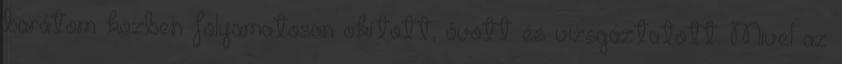
barátom közben folyamatosan okított, óvott és vizs­gáz­tatott. Mivel az